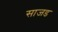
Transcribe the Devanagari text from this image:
साजड